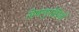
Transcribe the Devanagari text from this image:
विषाणुरोधियों